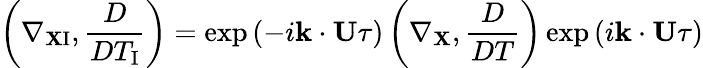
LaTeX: \left({\nabla_{{\mathbf{X}}\mathrm{{I}}},\frac{D}{DT_{\mathrm{{I}}}}}\right)=\exp\left({-i{\mathbf{k}}\cdot{\mathbf{U}}\tau}\right)\left({\nabla_{\mathbf{X}},\frac{D}{DT}}\right)\exp\left({i{\mathbf{k}}\cdot{\mathbf{U}}\tau}\right)